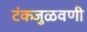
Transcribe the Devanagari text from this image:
टंकजुळवणी